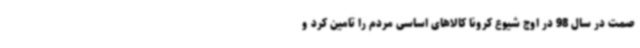
صمت در سال 98 در اوج شیوع کرونا کالاهای اساسی مردم را تامین کرد و